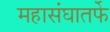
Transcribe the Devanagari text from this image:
महासंघातर्फे